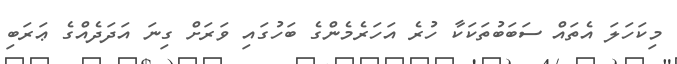
މިކަހަލަ އެތައް ސަބަބުތަކަކާ ހުރެ އަހަރެމެންގެ ބަހުގައި ވަރަށް ގިނަ އަދަދެއްގެ ޢަރަބި